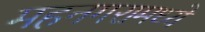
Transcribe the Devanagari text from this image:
महनगरामध्ये